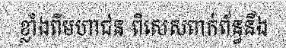
ខ្លាំងពីមហាជន ពិសេសពាក់ព័ន្ធនឹង